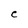
Character: e